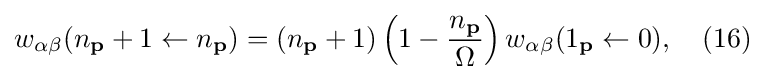
w_{\alpha \beta }(n_{\mathbf {p} }+1\leftarrow n_{\mathbf {p} })=(n_{\mathbf {p} }+1)\left(1-{n_{\mathbf {p} } \over \Omega }\right)w_{\alpha \beta }(1_{\mathbf {p} }\leftarrow 0),\quad (16)